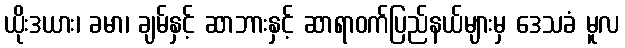
ယိုးဒယား၊ ခမာ၊ ချမ်နှင့် ဆာဘားနှင့် ဆာရာဝက်ပြည်နယ်များမှ ဒေသခံ မူလ